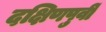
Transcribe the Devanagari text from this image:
दक्षिणपुर्वी